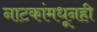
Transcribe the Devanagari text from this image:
नाटकांमधूनही